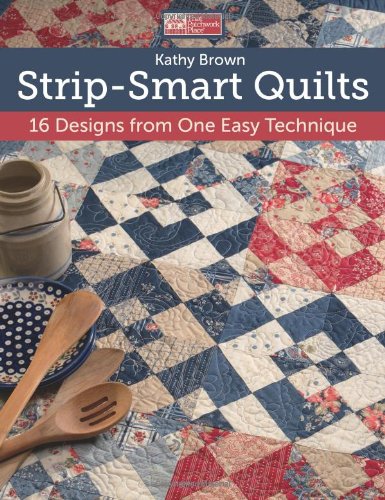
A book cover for Strip-Smart Quilts: 16 Designs from One Easy Technique; Kathy Brown; Crafts, Hobbies & Home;